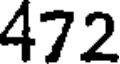
472